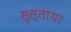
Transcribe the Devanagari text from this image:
सुस्ताया